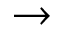
\rightarrow